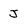
Character: J